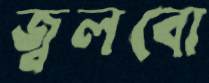
জ্বলবো